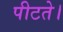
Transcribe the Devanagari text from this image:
पीटते।